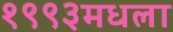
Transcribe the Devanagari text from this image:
१९९३मधला